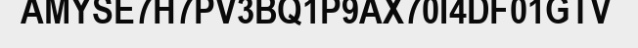
AMYSE7H7PV3BQ1P9AX70I4DF01GTV